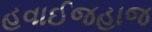
હવાઈજહાજ